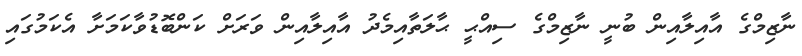
ނާޒިމްގެ އާއިލާއިން ބުނީ ނާޒިމްގެ ސިއްޙީ ޙާލަތާއިމެދު އާއިލާއިން ވަރަށް ކަންބޮޑުވާކަމަށާ އެކަމުގައި